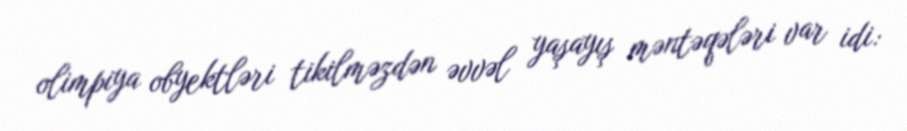
olimpiya obyektləri tikilməzdən əvvəl yaşayış məntəqələri var idi: